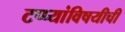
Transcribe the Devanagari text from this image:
टप्प्यांविषयीची